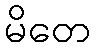
မိတေ